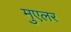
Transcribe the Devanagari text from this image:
मुएलर